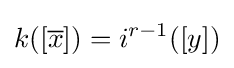
k([{\overline {x}}])=i^{r-1}([y])